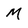
Character: M